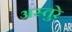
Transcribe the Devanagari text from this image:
अस्तुरे